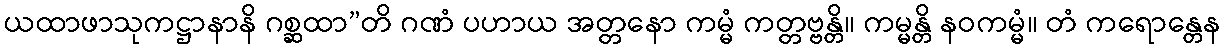
ယထာဖာသုကဋ္ဌာနာနိ ဂစ္ဆထာ”တိ ဂဏံ ပဟာယ အတ္တနော ကမ္မံ ကတ္တဗ္ဗန္တိ။ ကမ္မန္တိ နဝကမ္မံ။ တံ ကရောန္တေန